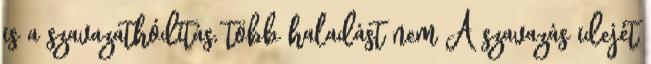
is a szavazathódítás, több haladást nem A szavazás idejét